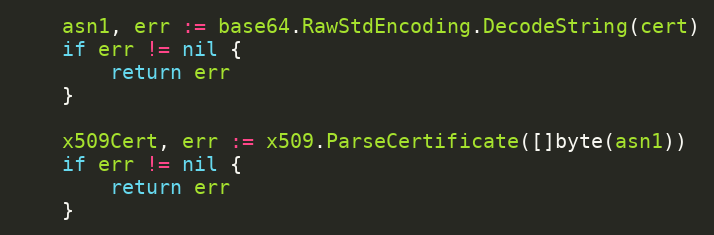
Language: Go
	asn1, err := base64.RawStdEncoding.DecodeString(cert)
	if err != nil {
		return err
	}

	x509Cert, err := x509.ParseCertificate([]byte(asn1))
	if err != nil {
		return err
	}